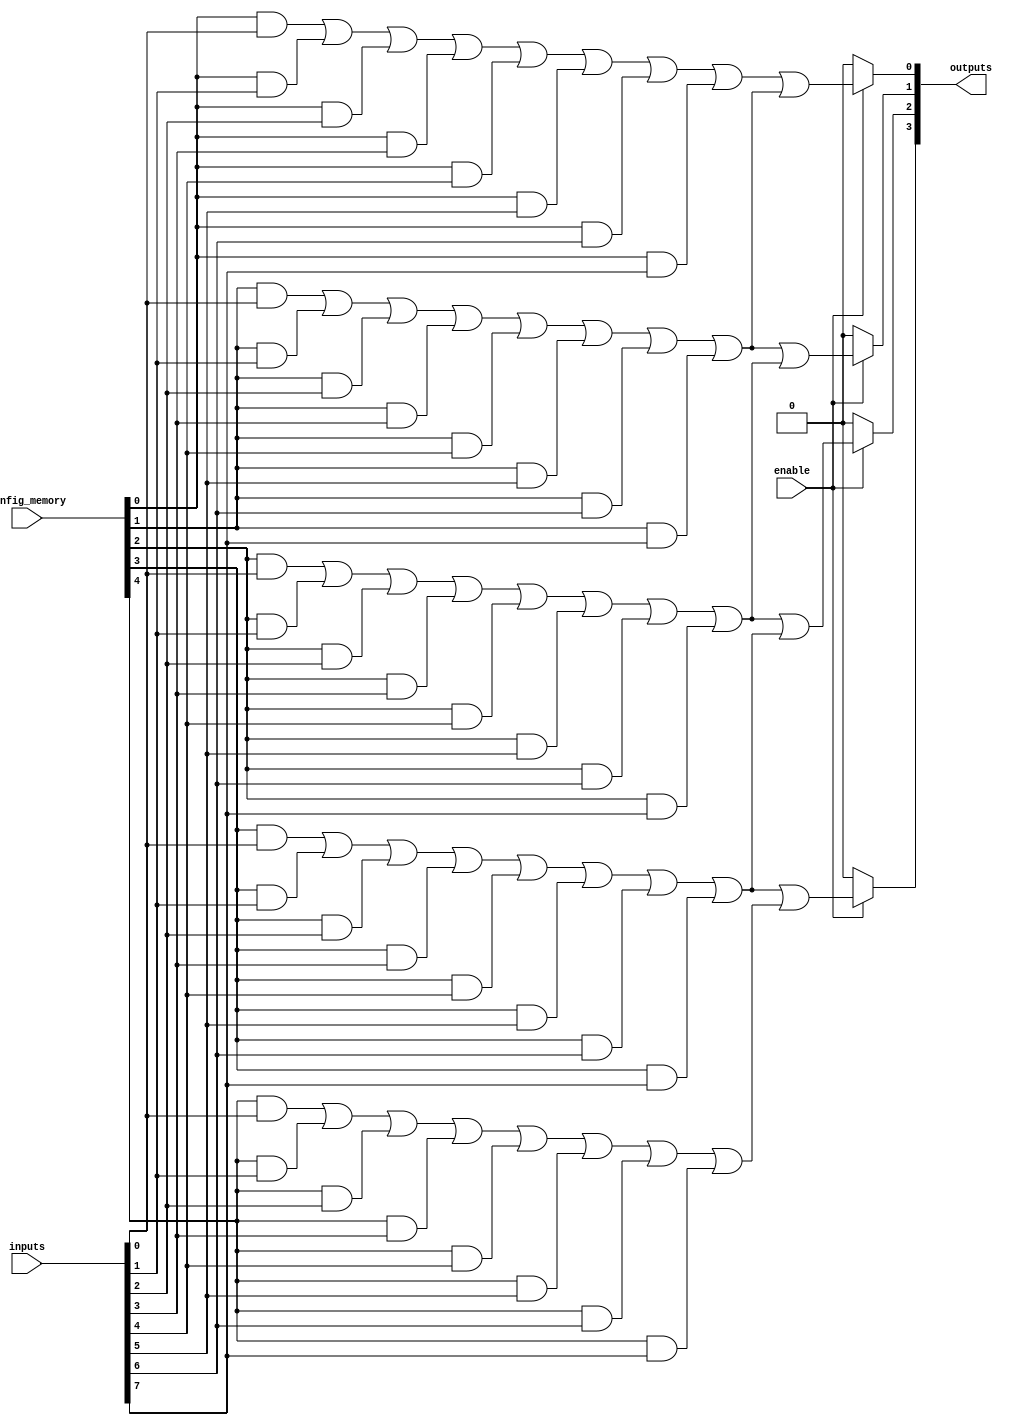
module CLB (
    input wire [N-1:0] inputs,          // N input signals
    input wire enable,                   // Enable signal
    input wire [M-1:0] config_memory,   // Configuration memory for logic functions
    output wire [P-1:0] outputs          // P output signals
);

parameter N = 8; // Number of inputs
parameter M = 16; // Number of product terms in AND array
parameter P = 4; // Number of outputs

// Intermediate product terms
wire [M-1:0] and_terms;

// AND array implementation
genvar i;
generate
    for (i = 0; i < M; i = i + 1) begin : and_array
        assign and_terms[i] = (config_memory[i] & inputs[0]) | 
                               (config_memory[i] & inputs[1]) | 
                               (config_memory[i] & inputs[2]) |
                               (config_memory[i] & inputs[3]) |
                               (config_memory[i] & inputs[4]) |
                               (config_memory[i] & inputs[5]) |
                               (config_memory[i] & inputs[6]) |
                               (config_memory[i] & inputs[7]);
    end
endgenerate

// OR array implementation to produce outputs
genvar j;
generate
    for (j = 0; j < P; j = j + 1) begin : or_array
        assign outputs[j] = enable ? (and_terms[j] | and_terms[j + 1]) : 1'b0; // Example logic
    end
endgenerate

// Feedback path (optional)
wire feedback_signal;
assign feedback_signal = outputs[0]; // Example feedback to first output

endmodule